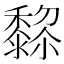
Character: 𱋵